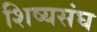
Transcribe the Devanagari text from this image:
शिष्यसंघ